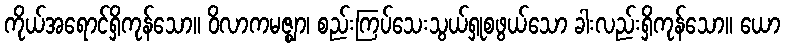
ကိုယ်အရောင်ရှိကုန်သော။ ဝိလာကမဇ္ဈာ၊ စည်းကြပ်သေးသွယ်ရှုစဖွယ်သော ခါးလည်းရှိကုန်သော။ ယော